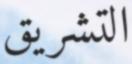
التشريق